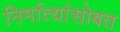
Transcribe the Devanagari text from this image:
निर्मात्यांसोबत